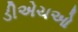
ડીએચઓ